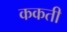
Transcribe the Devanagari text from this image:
ककती